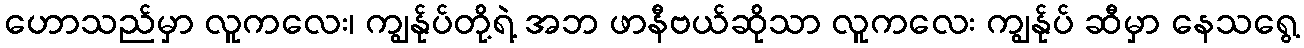
ဟောသည်မှာ လူကလေး၊ ကျွန်ုပ်တို့ရဲ့ အဘ ဖာနီဗယ်ဆိုသာ လူကလေး ကျွန်ုပ် ဆီမှာ နေသရွေ့